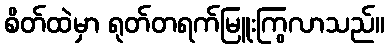
စိတ်ထဲမှာ ရုတ်တရက်မြူးကြွလာသည်။